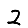
Digit: 2